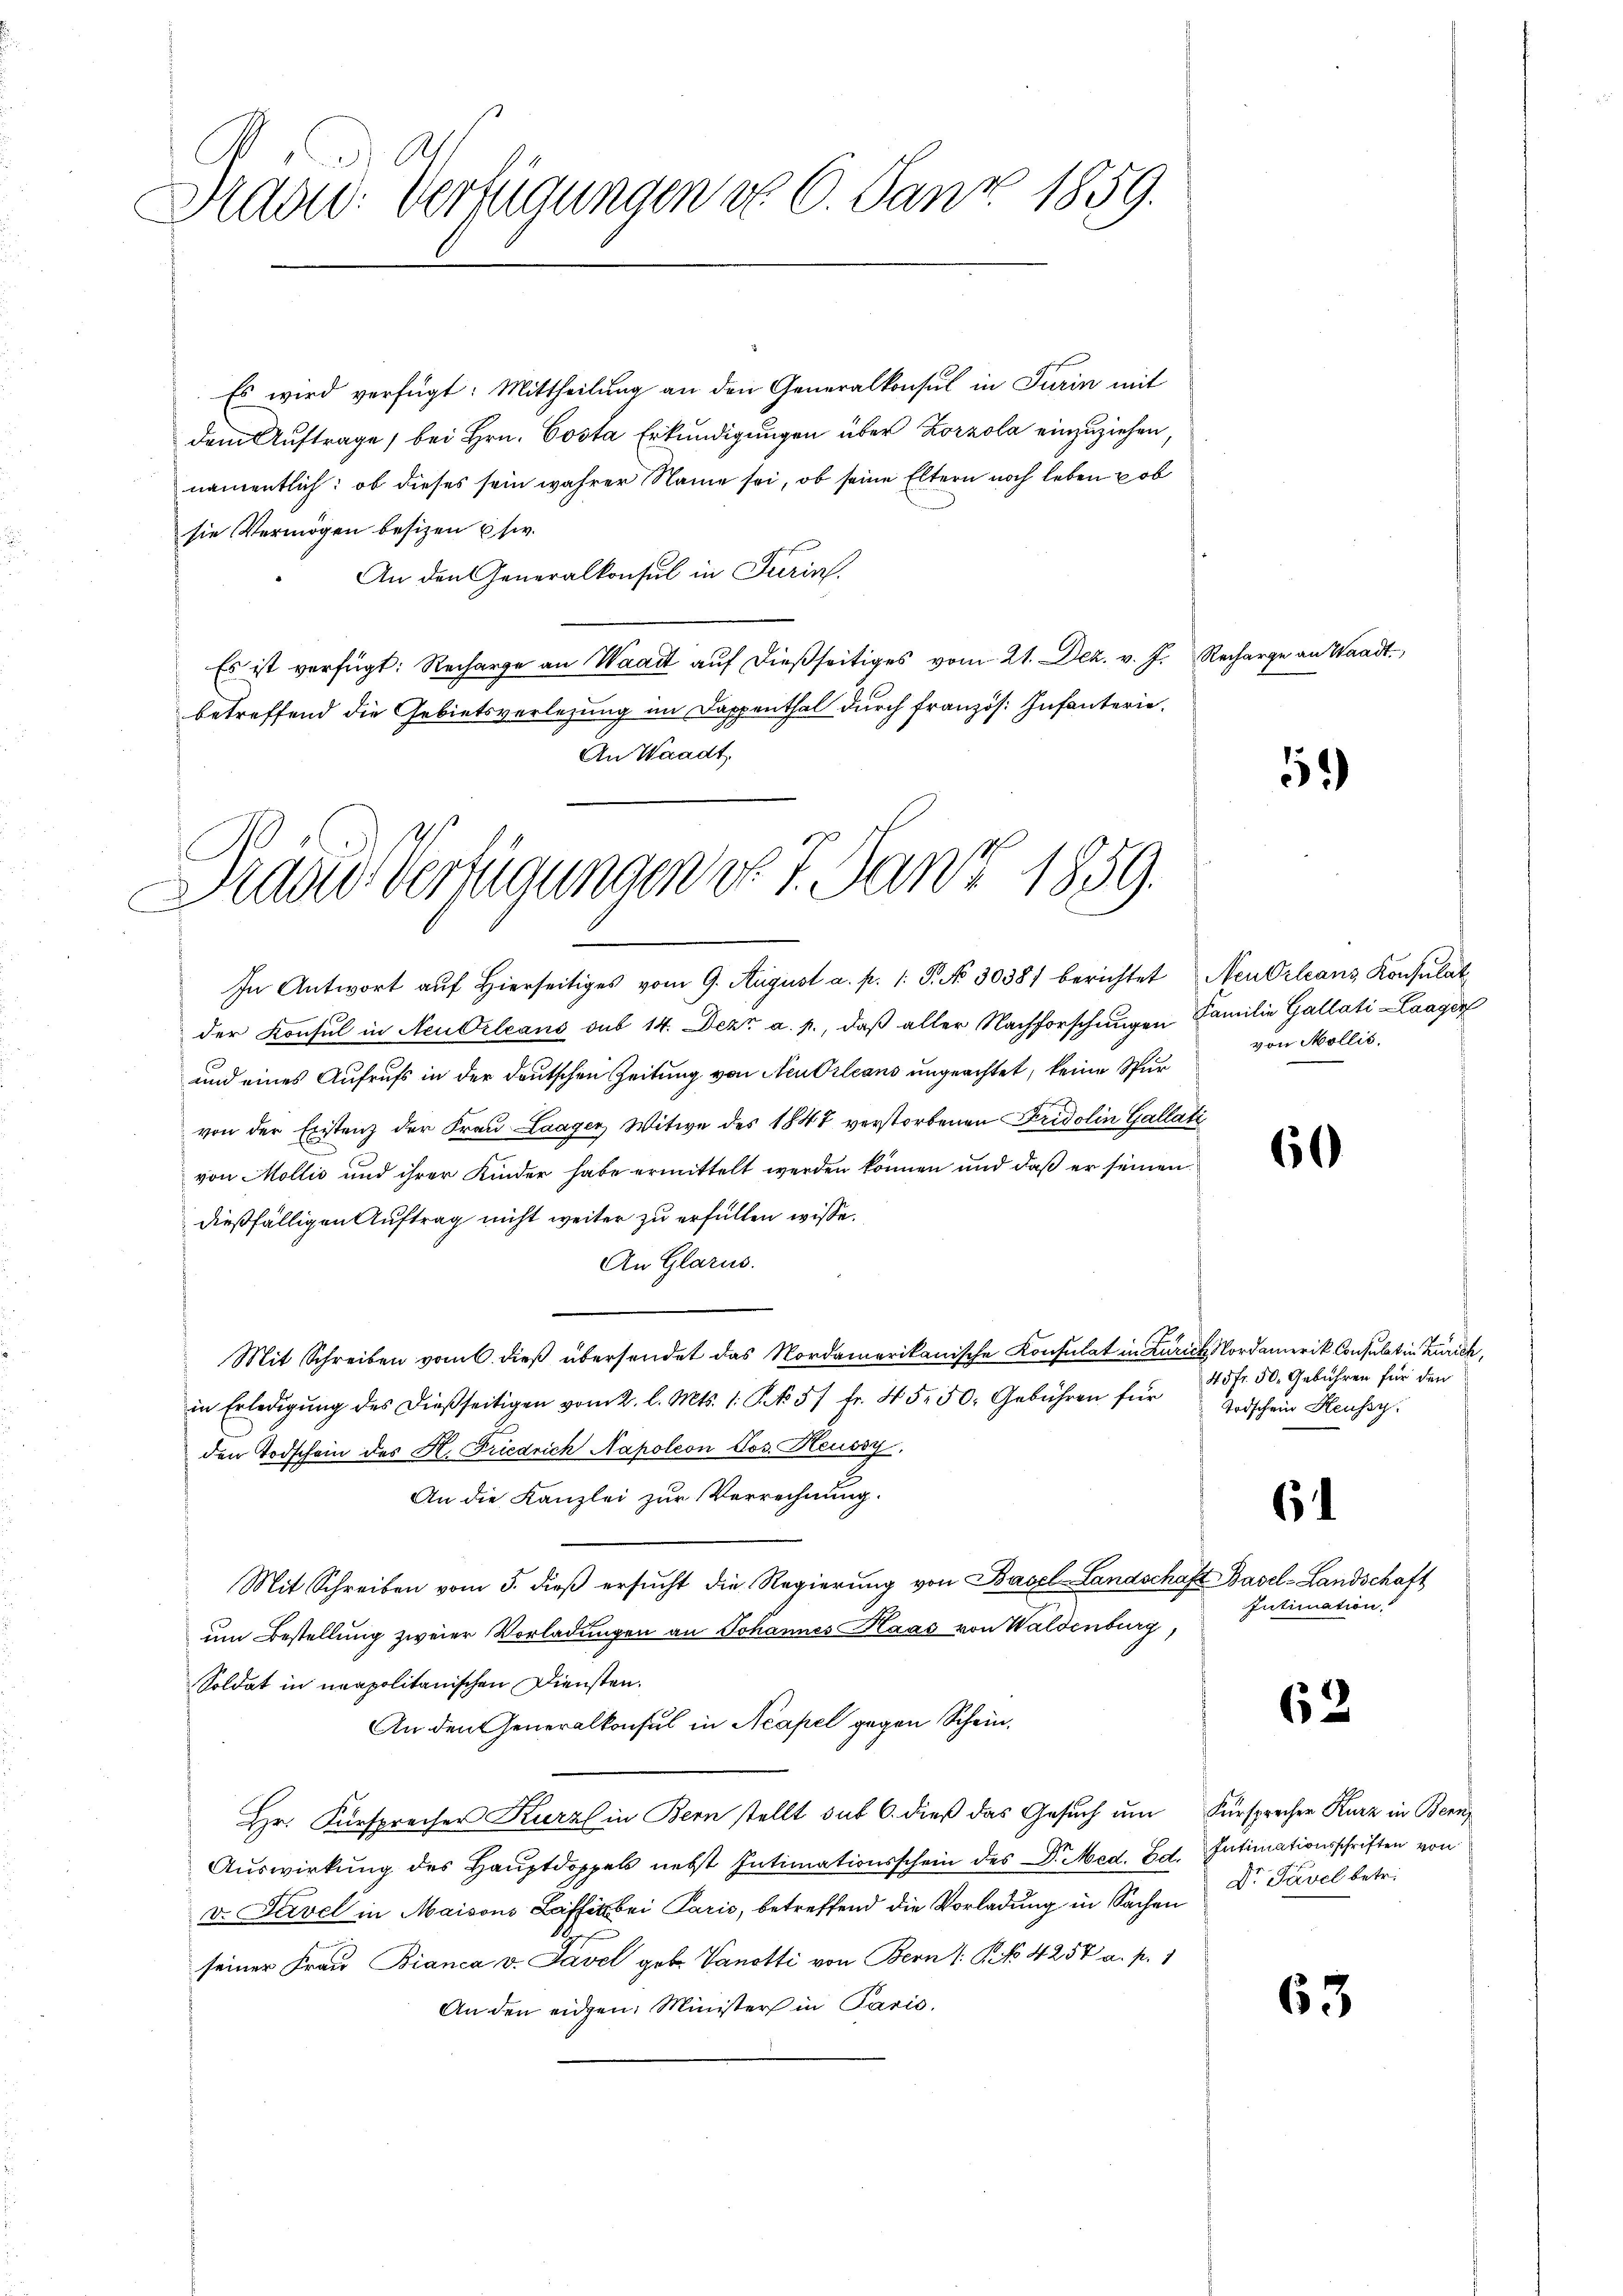
Drad: Verfügungen do 6. Janz. 1859.

Es wird verfügt: Mittheilung an den Generalkonsul in Turin mit
dem Auftrage, bei Hrn. Costa Erkundigungen über Zorzola einzuziehen,
namentlich: ob dieses sein wahrer Name sei, ob seine Eltern noch leben ob
sie Vermögen besizen usw.
An den Generalkonsul in Turin.
Es ist verfügt: Recharge an Waadt auf dießseitiges vom 21. Dez. v. J. Recharge an Waadt.
betreffend die Gebietsverlegung im Dappenthal durch französ. Infanterie
An Waadt,

Dader Verfügungen vor 7. Janz 1859.

In Antwort auf hierseitiges vom 9. August a. p. 1. P. No 30381 berichtet Neu Orleans Konsulat
der Konsul in Neubeleans sub 14. Dezz a. p., daß aller Nachforschungen Familie Gallati-Laagen
und eines Aufrufs in der deutschen Zeitung von Neu Orleans ungeachtet, keine Spur
von der Existenz der Frau Laager Witwe des 1847 verstorbenen Fridolin Gallati
von Mollis und ihrer Kinder habe ermittelt werden können und daß er seinen
dießfälligen Auftrag nicht weiter zu erfüllen wisse.
An Glarus.
Mit Schreiben vom 6. dieß übersendet das Nordamerikanische Konsulat in Zürich Nordamerik Consulat in Zürich,
in Erledigŭng des dießseitigen vom 2. l. Mts. 1. § 57 fr. 45. 50. Gebühren für Todschein Heussy.
den Todschein des H. Friedrich Napoleon Jos. Heussy,
An die Kanzlei zur Verrechnung.
Mit Schreiben vom 5. dieβ ersŭcht die Regierŭng von Basel-Landschaft Basel-Landschaft
um Bestellung zweier Vorladungen an Johannes Kaas von Waldenburg,
Soldat in neapolitanischen Diensten.
An den Generalkonsul in Neapel gegen Schein¬
Hr. Fürsprecher Kurz in Bern stellt sub 6. dieß das Gesuch um Fürsprechen Kurz in Bern,
Auswirkung des Hauptdoppels nebst Intimationsschein des Dr. Med. Bd. Intimationsschriften von
v. Lavel in Maisons Laffikbei Paris, betreffend die Vorladung in Sachen Dr Pavel betr.
seiner Frau Bianca v. Savel geb. Vanotti von Bern /: No 4257 a. p. 1
An den eidgen. Minister in Paris.

52)

von Mollis,

60

45fr. 50. Gebühren für den

6

Intimation

62

63